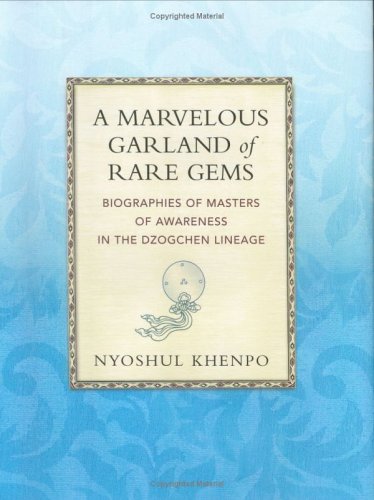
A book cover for A Marvelous Garland of Rare Gems: Biographies of Masters of Awareness in the Dzogchen Lineage (A Spiritual History of the Teachings of Natural Great Perfection); Nyoshul Khenpo Jamyang DorjÃ©; Biographies & Memoirs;